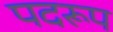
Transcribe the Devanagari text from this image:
पदरूप